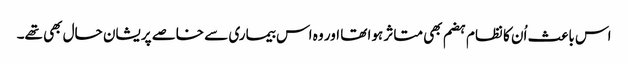
اس باعث اُن کا نظام ہضم بھی متاثر ہوا تھا اور وہ اس بیماری سے خاصے پریشان حال بھی تھے۔